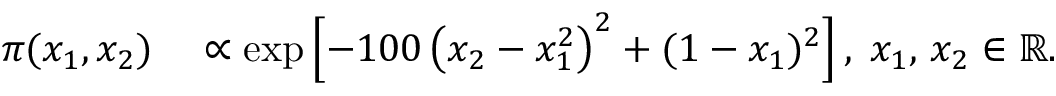
\begin{array} { r l } { \pi ( x _ { 1 } , x _ { 2 } ) } & { { } \propto \exp \left[ - 1 0 0 \left( x _ { 2 } - x _ { 1 } ^ { 2 } \right) ^ { 2 } + ( 1 - x _ { 1 } ) ^ { 2 } \right] , \; x _ { 1 } , \, x _ { 2 } \in \mathbb { R } . } \end{array}